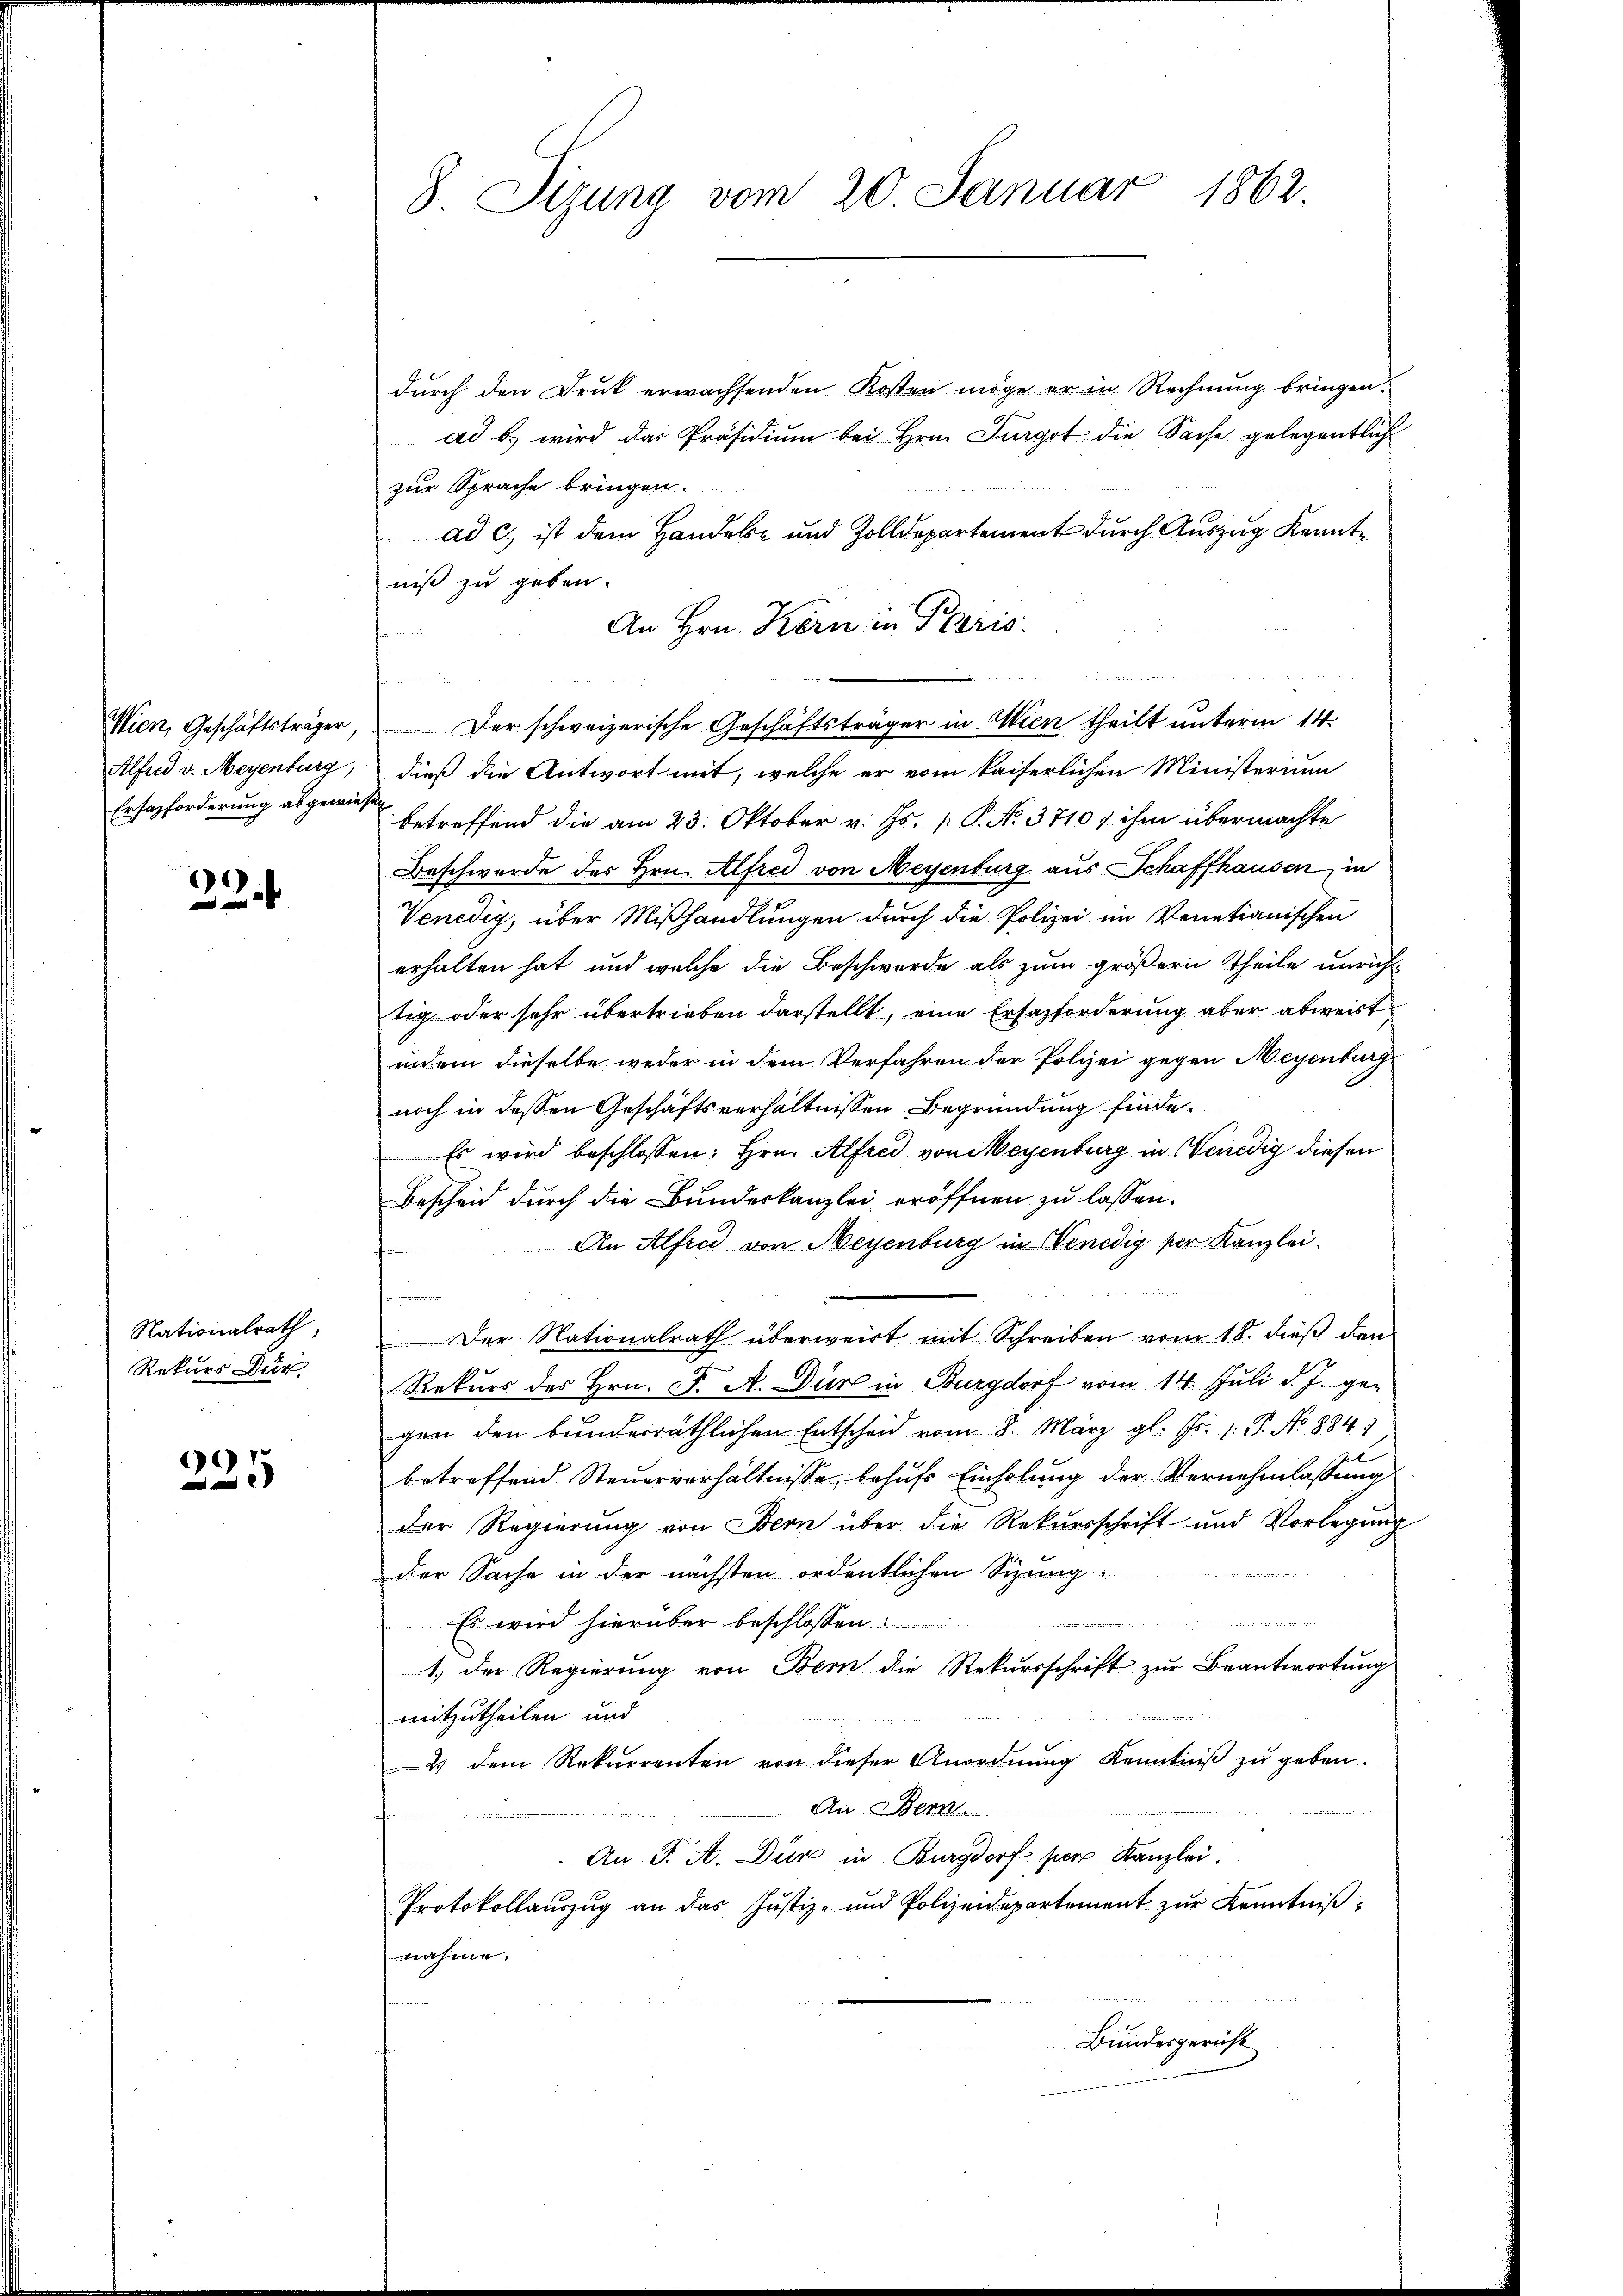
Wien, Geschäftsträger,
Ersazforderung abgewiesen

)
¬

Nationalrath,
Rekurs Dür
8

225

8 Sizung vom 20. Januar 1862.

durch den Druk erwachsenden Kosten möge er in Rechnung bringen.
ad b.) wird das Präsidium bei Hrn. Furgot die Sache gelegentlich
zur Sprache bringen.
ad c.) ist dem Handele und Zolldepartement durch Auszug Kenntniß zu geben.
Alfred v. Meyenburg, dieß die Antwort mit, welche er vom kaiserlichen Ministerium
betreffend die am 23. Oktober v. Js. [ P. N. 3710, ihm übermachte
Beschwerde des Hrn. Alfred von Meyenburg aus Schaffhausen, in
Venedig, über Mißhandlungen durch die Polizei im Venetianischen
erhalten hat, und welche die Beschwerde als zum größern Theile unrich-
tig oder sehr übertrieben darstellt, eine Ersazforderung aber abweist
indem dieselbe weder in dem Verfahren der Polizei gegen Meyenburg
noch in dessen Geschäftsverhältnissen Begründung finde
Es wird beschlossen: Hrn. Alfred von Meyenburg in Wenedig diesen
Bescheid durch die Bundeskanzlei eröffnen zu lassen.
An Alfred von Meyenburg in Venedig der Kanzlei.
f
Der Nationalrath überweist mit Schreiben vom 18. dieß den
Rekurs des Hrn. F. A. Düre in Burgdorf vom 14. Juli d. J. ge-
gen den bunderräthlichen Entscheid vom 8. März gl. Js. 1. P. No 8841
betreffend Steuerverhältnisse, behufs Einholung der Vernehmlassung
der Regierung von Bern über die Rekursschrift und Vorlegung
der Sache in der nächsten ordentlichen Sizung
u
Es wird hierüber beschlossen:
1. Der Regierung von Bern die Rekursschrift zur Beantwortung
mitzutheilen und
2 dem Rekurrenten von dieser Anordnung Kenntniß zu geben.
An Wern
An J. A. Dir in Burgdorf per Kanzlei.
Protokollauszug an das Justiz- und Polizeidepartement zŭr Kenntniβ-
nahme.
Bundesgericht

An Hrn. Kern in Paris
u
Der schweizerische Geschäftsträger in Wien theilt unterm 14.